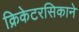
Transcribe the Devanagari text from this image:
क्रिकेटरसिकाने